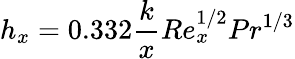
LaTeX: h_{x}=0.332{\frac{k}{x}}Re_{x}^{1/2}Pr^{1/3}